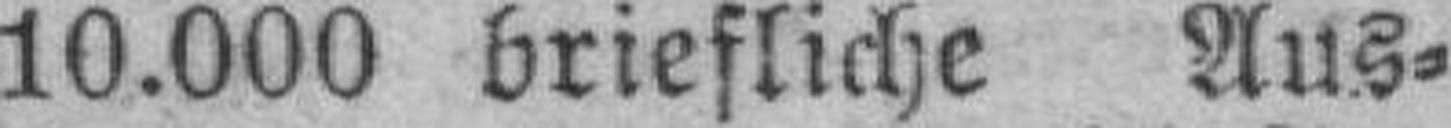
10.000 briefliche Aus¬